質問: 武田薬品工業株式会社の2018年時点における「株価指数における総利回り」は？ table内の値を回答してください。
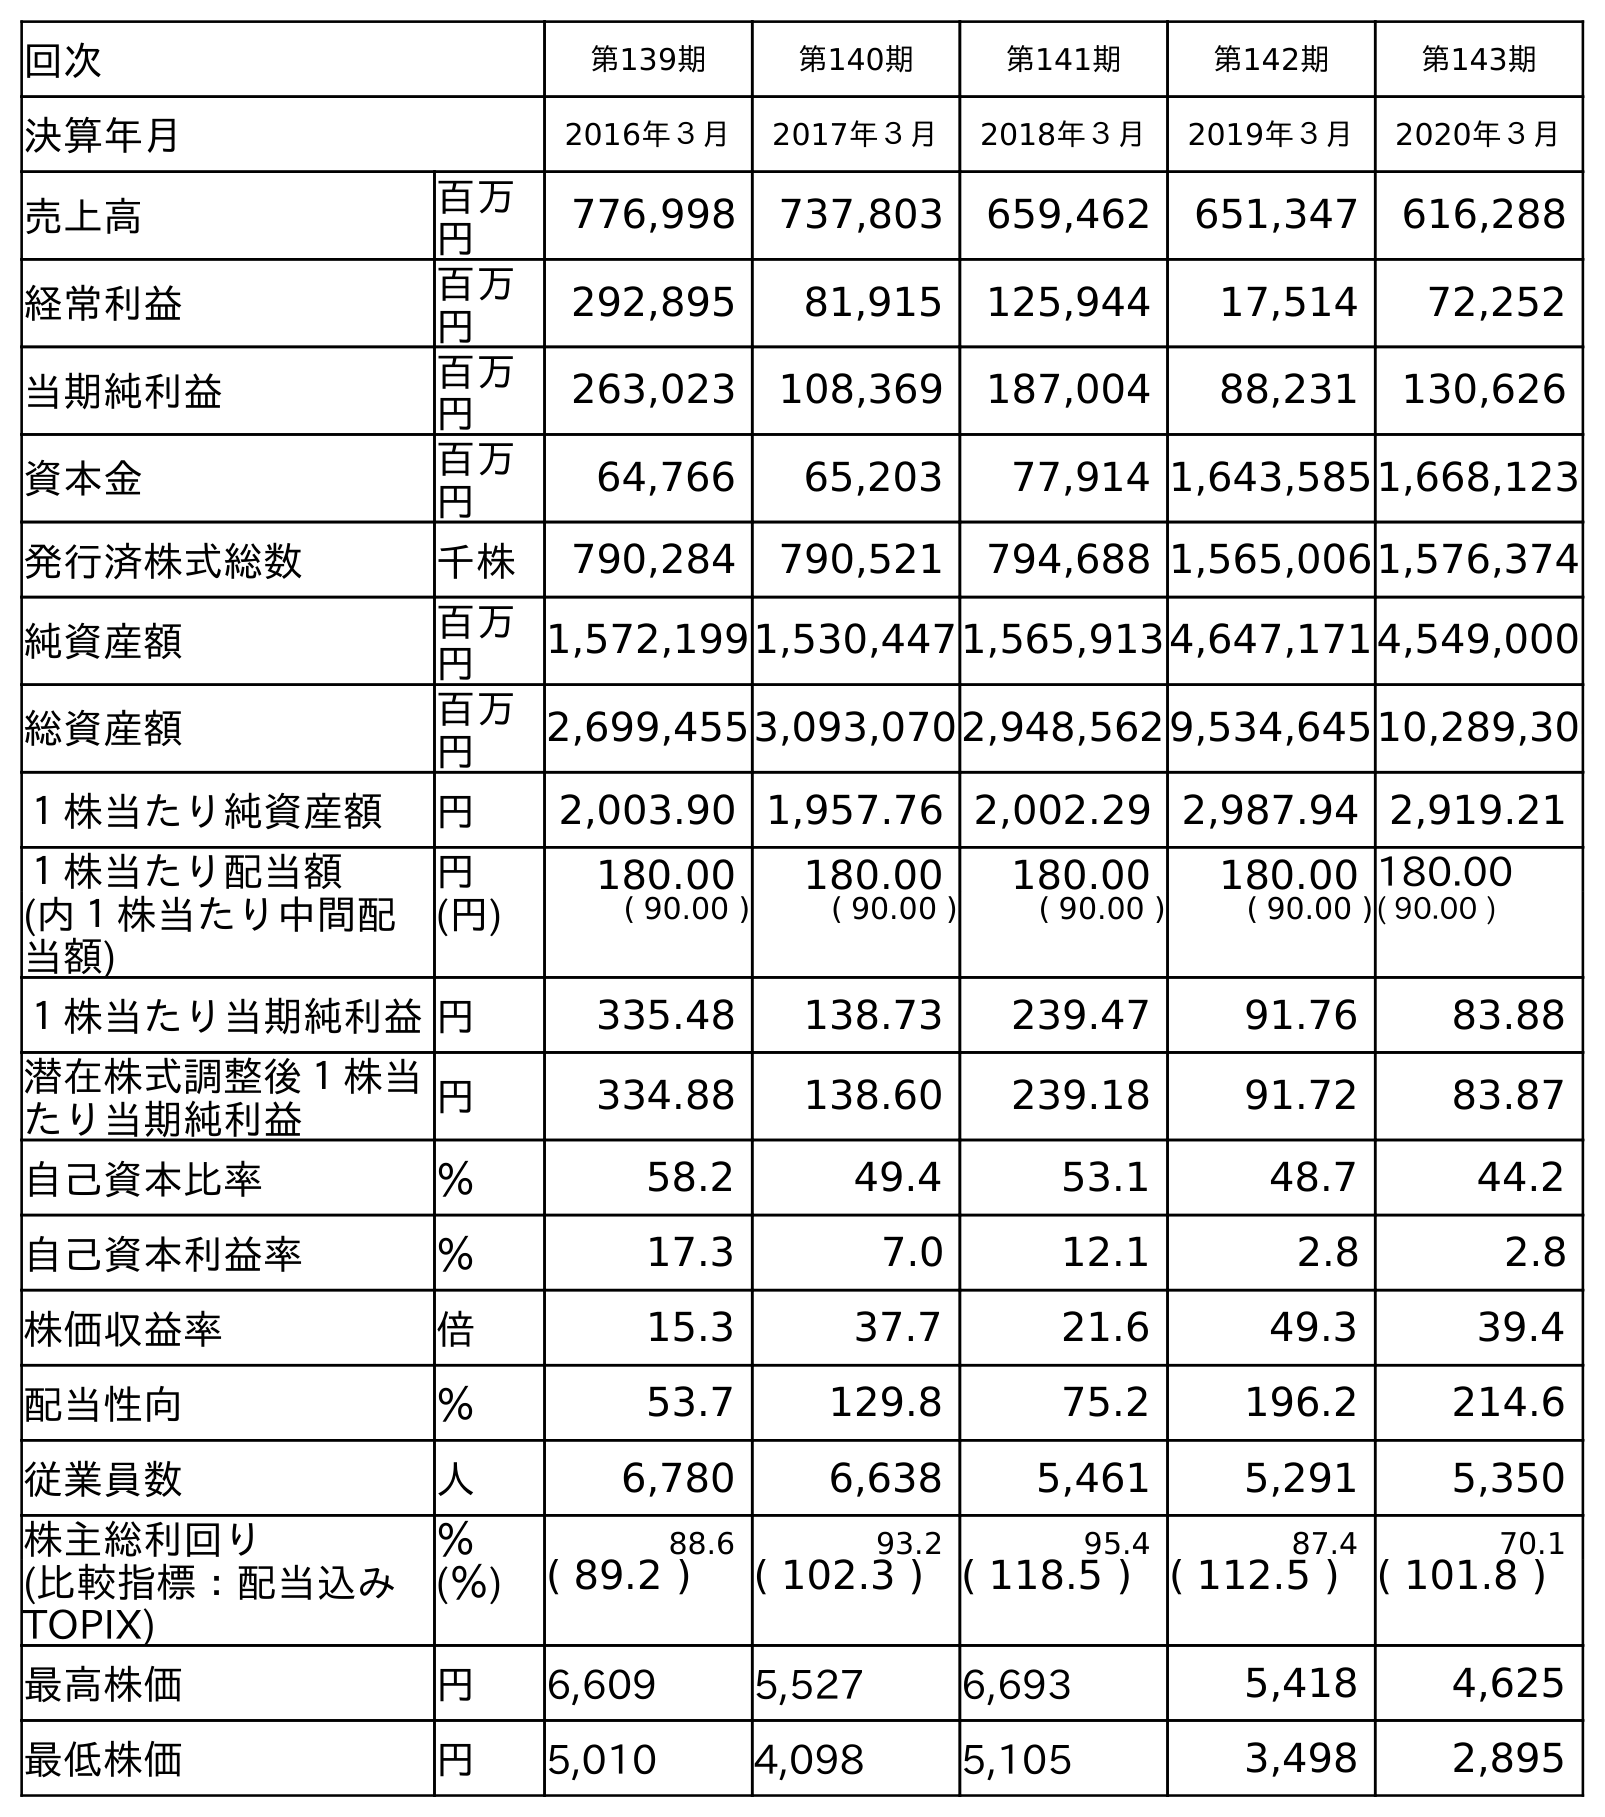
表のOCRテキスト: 回次 第139期 第140期 第141期 第142期 第143期 決算年月 2016年３月 2017年３月 2018年３月 2019年３月 2020年３月 売上高 百万 円 776,998 737,803 659,462 651,347 616,288 経常利益 百万 円 292,895 81,915 125,944 17,514 72,252 当期純利益 百万 円 263,023 108,369 187,004 88,231 130,626 資本金 百万 円 64,766 65,203 77,914 1,643,5851,668,123 発行済株式総数 千株 790,284 790,521 794,688 1,565,0061,576,374 純資産額 百万 円 1,572,1991,530,4471,565,9134,647,1714,549,000 総資産額 百万 円 2,699,4553,093,0702,948,5629,534,64510,289,30 １株当たり純資産額 円 2,003.90 1,957.76 2,002.29 2,987.94 2,919.21 １株当たり配当額 円 180.00 180.00 180.00 180.00 180.00 (内１株当たり中間配 当額) (円) ( 90.00 ) ( 90.00 ) ( 90.00 ) ( 90.00 )( 90.00 ) １株当たり当期純利益円 335.48 138.73 239.47 91.76 83.88 潜在株式調整後１株当 たり当期純利益 円 334.88 138.60 239.18 91.72 83.87 自己資本比率 ％ 58.2 49.4 53.1 48.7 44.2 自己資本利益率 ％ 17.3 7.0 12.1 2.8 2.8 株価収益率 倍 15.3 37.7 21.6 49.3 39.4 配当性向 ％ 53.7 129.8 75.2 196.2 214.6 従業員数 人 6,780 6,638 5,461 5,291 5,350 株主総利回り ％ 88.6 93.2 95.4 87.4 70.1 (比較指標：配当込み TOPIX) (％) ( 89.2 ) ( 102.3 ) ( 118.5 ) ( 112.5 ) ( 101.8 ) 最高株価 円 6,609 5,527 6,693 5,418 4,625 最低株価 円 5,010 4,098 5,105 3,498 2,895
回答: (118.5)